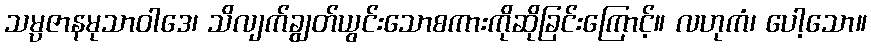
သမ္ပဇာနမုသာဝါဒေ၊ သိလျက်ချွတ်ယွင်းသောစကားကိုဆိုခြင်းကြောင့်။ လဟုကံ၊ ပေါ့သော။